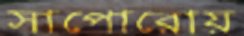
সাপোরোয়